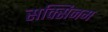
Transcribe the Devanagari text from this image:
सक्सिनम